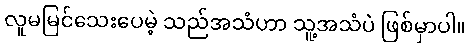
လူမမြင်သေးပေမဲ့ သည်အသံဟာ သူ့အသံပဲ ဖြစ်မှာပါ။